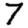
Digit: 7